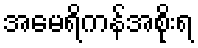
အမေရိကန်အစိုးရ